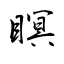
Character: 瞑